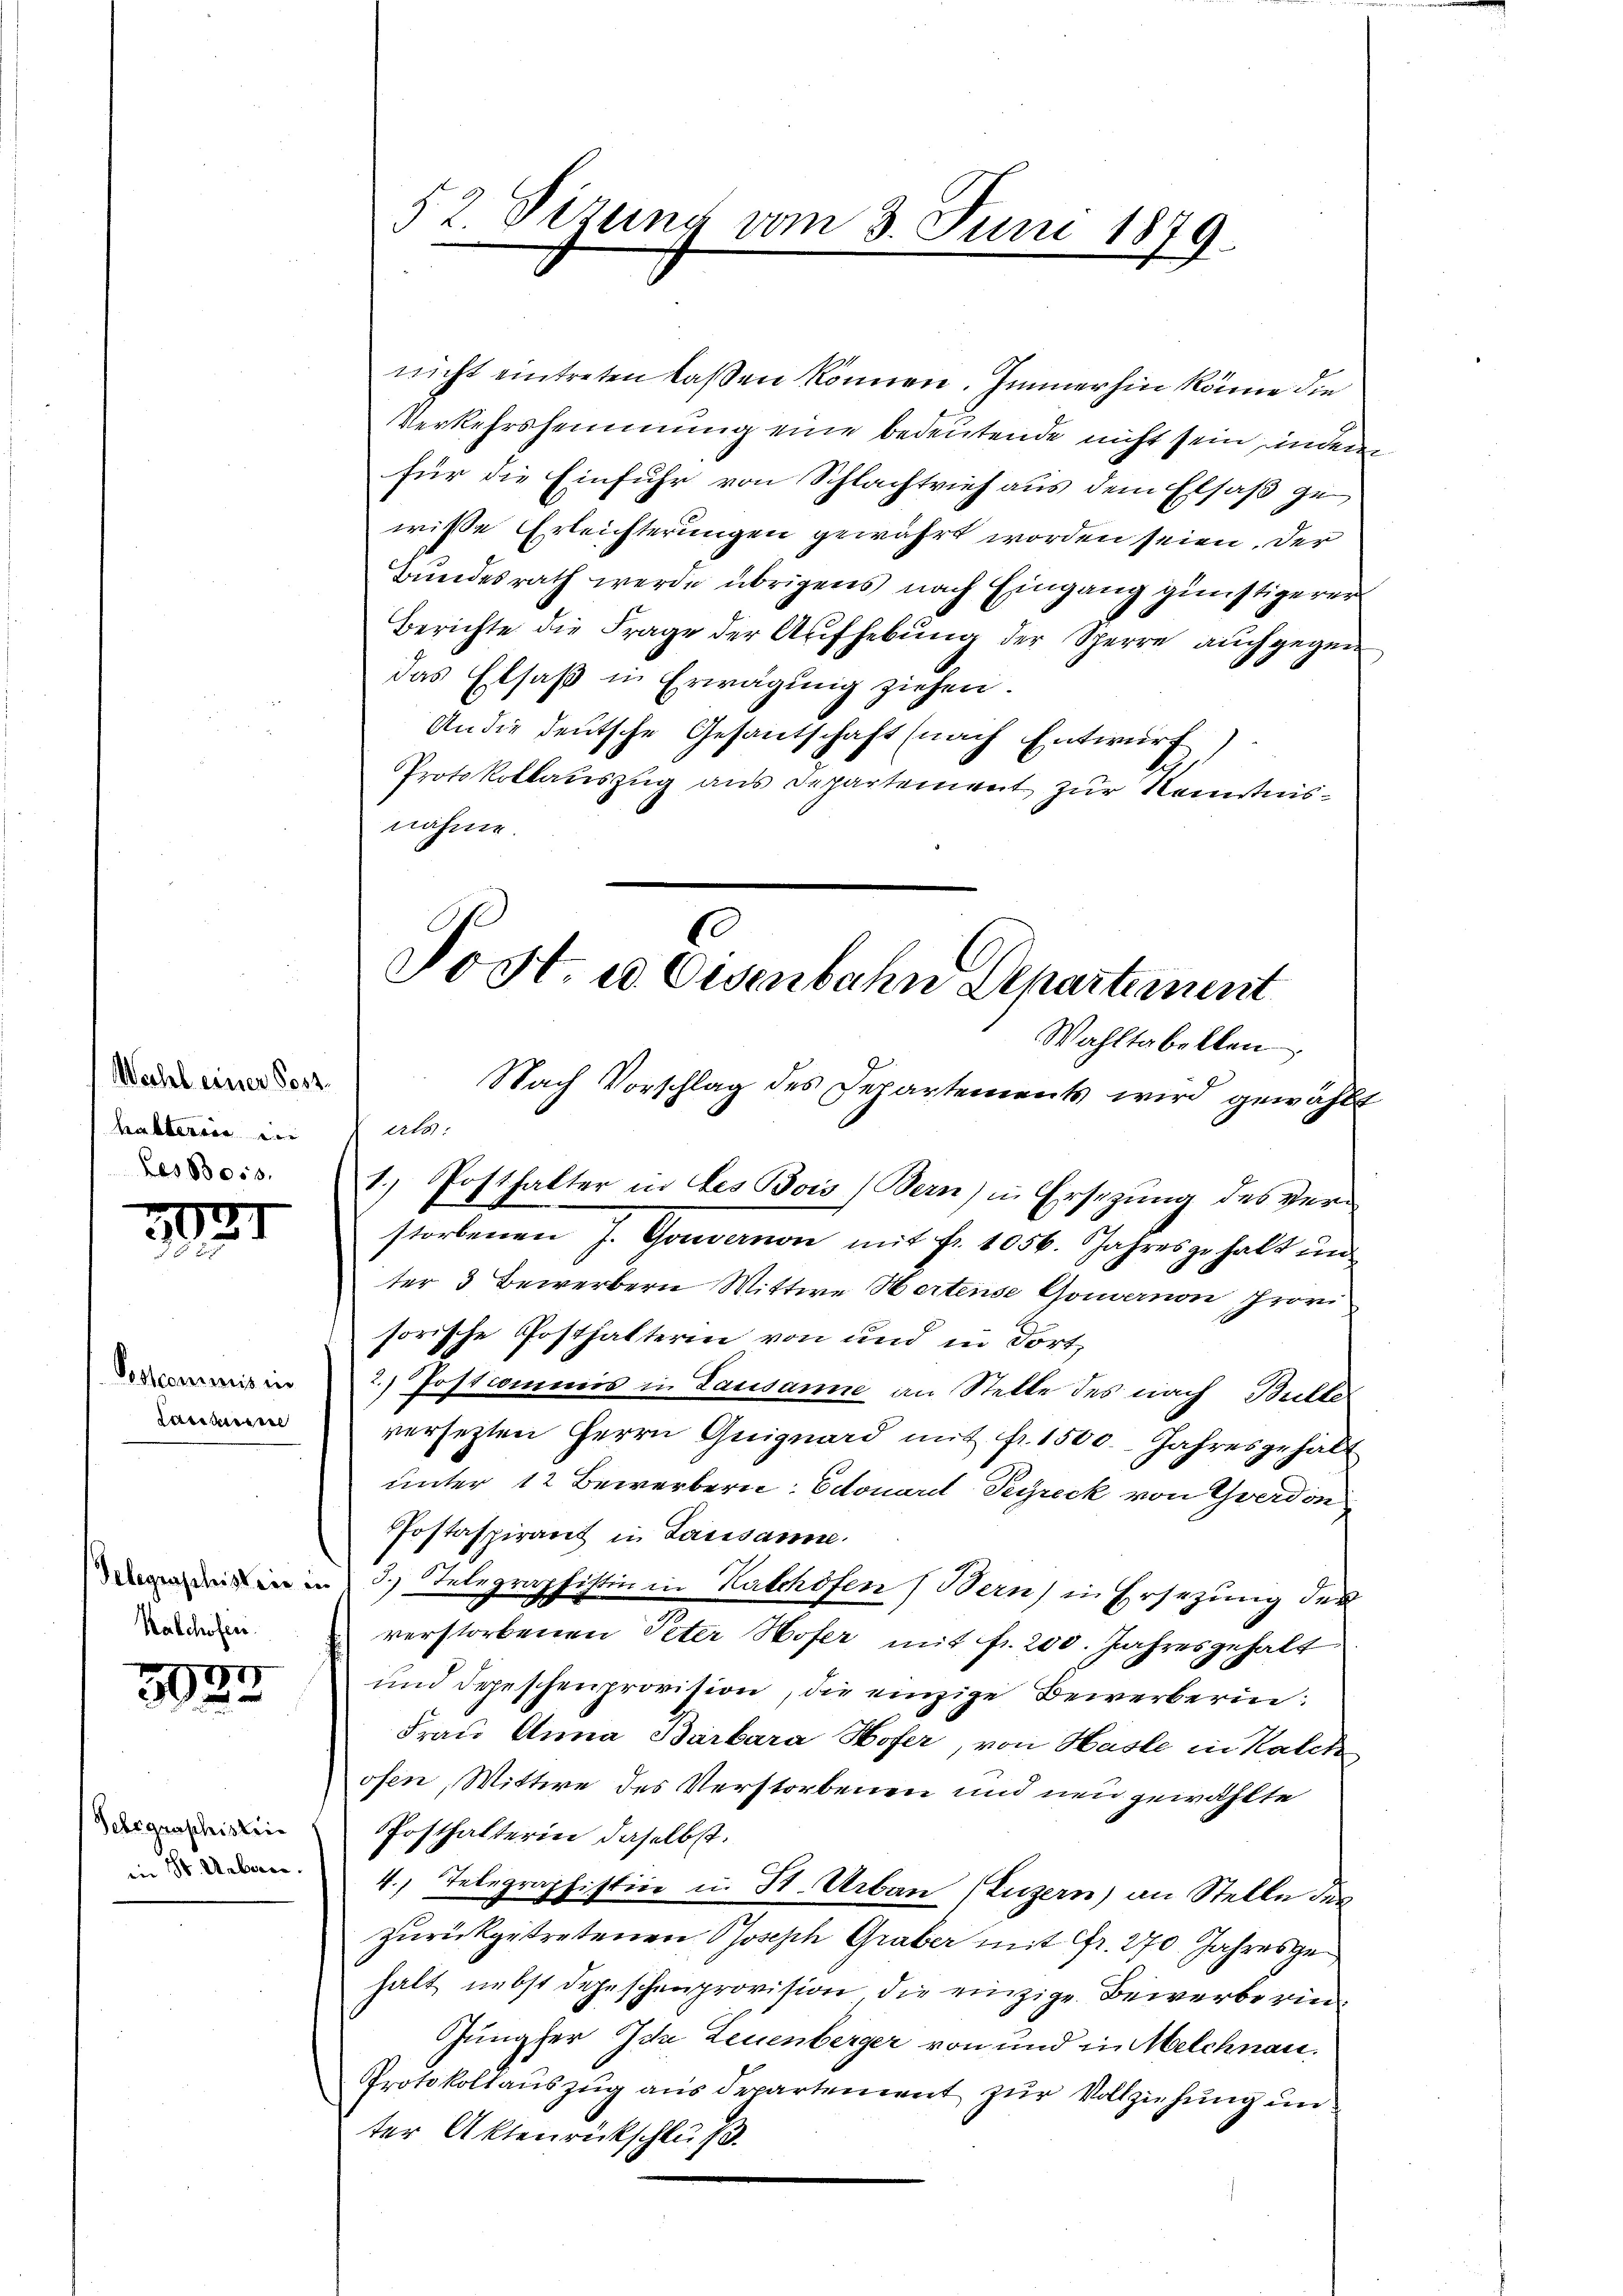
Wahl einer Poss
ba Aber
Les 8300.

1

Pestcommis in
Lasikeiter

Telegraphistere in
Kalchofen.

3033

Selegraphistrie
in St. Ueberne

52 Sizung vom 3. Juni 1879

nicht eintreten laßen können. Immerhin könne die
Verkehrshemmung eine bedeutende nicht sein, indem
für die Einfuhr von Schlachtvieh aus dem Elsaß ge
wiße Erleichterungen gewährt worden seien. Der
Bundesrath werde übrigens nach Eingang günstigerer
Berichte die Frage der Aŭfhebŭng der Sperre auch gegen
das Elsaß in Erwägŭng ziehen.
An die deutsche Gesantschaft (nach Entwurf)
Protokollauszug aus Departement zur Kenntnisnähme.
Nach Vorschlag des Departements wird gewählt
storbenen J. Gouvernon mit Fr. 1056. Jahresgehalt un
ter 3 Bewerbern Wittwe Hertense Gouvernon provi
sorische Posthalterin von und in dort,
2.) Postcommis in Lausanne an Stelle des nach Butte
versetzten Herrn Guignard mit fr. 1500. Jahresgehalt
unter 12 Bewerbern Edouard Pegreck von Yverdon
Postaspirant in Lausanne.
3.) Telegraphistin in Kalchöfen (Bern) in Ersezung der
verstorbenen Peter Hofer mit fr. 200. Jahresgehalt
und depeschen provision, die einzige Bewerberin:
Frau Anna Barbara Hofer, von Hasle in Kalch
ofen, Wittwe des Verstorbenen und neu gewählte
PPosthalterin daselbst.
4. Telegraphistice u. St. Urban (Luzern) an Stelle der
zurückgetretenen Posisch Graber mit Fr. 270. Jahresgehalt nebst Depeschenprovision die einzige Bewerberin¬
Jungfer Ida Leuenberger von und in Melchnau.
Protokollauszug aus departement zur Vollziehung un
ter Aktenrückschluß.

.
Post. u. Eisenbahn Departement
Wahltabellen

erts.
1. Posthalter in Les Bois (Bern) in Ersezung des ver¬